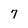
Character: 7